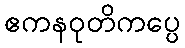
ဧကနဝုတိကပ္ပေ